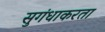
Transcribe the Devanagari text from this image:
सुगंधाकरता